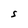
Character: s